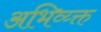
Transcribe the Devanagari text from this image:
अभिव्य्क्त